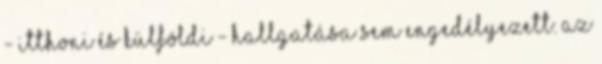
- itthoni és külföldi - hallgatása sem engedélyezett. Az